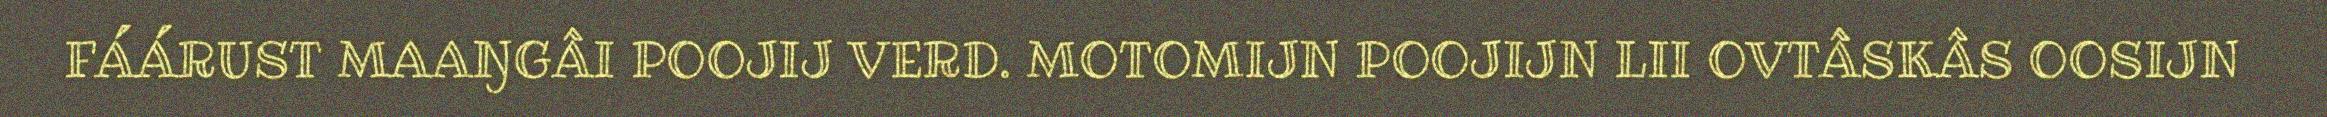
FÁÁRUST MAAŊGÂI POOJIJ VERD. MOTOMIJN POOJIJN LII OVTÂSKÂS OOSIJN